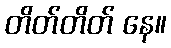
တိတ်တိတ် နေ။